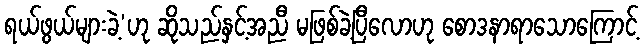
ရယ်ဖွယ်များခဲ့’ဟု ဆိုသည်နှင့်အညီ မဖြစ်ခဲ့ပြီလောဟု စောဒနာရာသောကြောင့်